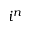
i ^ { n }